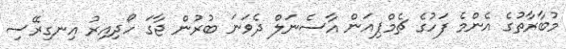
މުބާރާތުގެ އެންމެ ފަހުގެ ޗެމްޕިއަން އާސެނަލް ދެވަނަ ބުރުން ޖާގަ ހޯދިއިރު އިނގިރޭސި